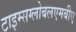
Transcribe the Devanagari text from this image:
टाइम्सग्लोबलएमबीए